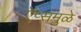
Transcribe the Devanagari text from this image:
ऍप्समुळे